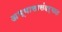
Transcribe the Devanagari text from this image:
अभ्यासासंदर्भात